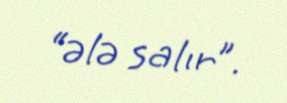
“ələ salır”.